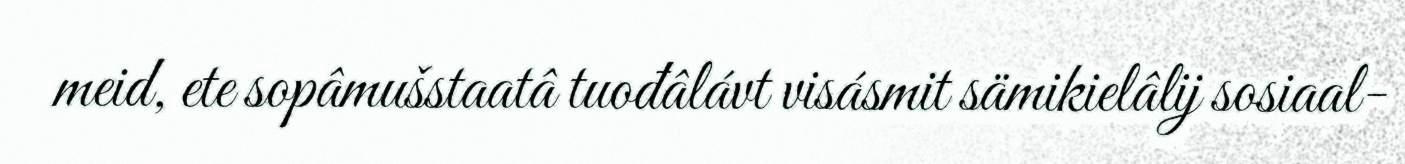
meid, ete sopâmušstaatâ tuođâlávt visásmit sämikielâlij sosiaal-